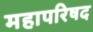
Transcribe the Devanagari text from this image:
महापरिषद